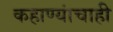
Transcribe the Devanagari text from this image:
कहाण्यांचाही